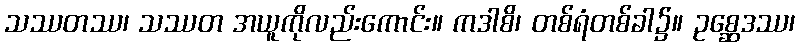
သဿတဿ၊ သဿတ အယူကိုလည်းကောင်း။ ကဒါစိ၊ တစ်ရံတစ်ခါ၌။ ဥစ္ဆေဒဿ၊